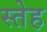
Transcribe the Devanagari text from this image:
स्तेह